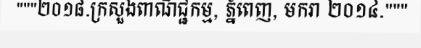
"""២០១៨.ក្រសួងពាណិជ្ជកម្ម, ភ្នំពេញ, មករា ២០១៤."""